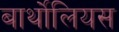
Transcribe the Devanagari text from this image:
बार्थोलियस